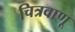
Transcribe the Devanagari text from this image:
चित्रवाणू